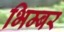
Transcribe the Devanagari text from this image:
भिम्बर